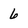
Character: 6